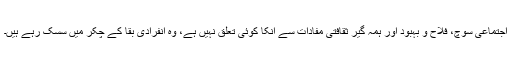
اجتماعی سوچ، فلاح و بہبود اور ہمہ گیر ثقافتی مفادات سے انکا کوئی تعلق نہیں ہے، وہ انفرادی بقا کے چکر میں سسک رہے ہیں۔